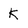
Character: K